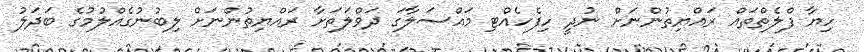
ހިޔާ ފްލެތްތައް ރައްޔިތުންނަށް ނުދީ ހިފެހެއްޓި މައްސަލާގަ ދަވްލަތަށާ ރައްޔިތުންނަށް ލިބުނުގެއްލުމުގެ ބަދަލު